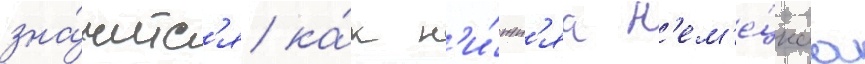
зна́читс'я ка́к н'и́жн'яа н'ем'е́цкаа